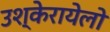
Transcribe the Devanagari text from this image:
उश्केरायेलो